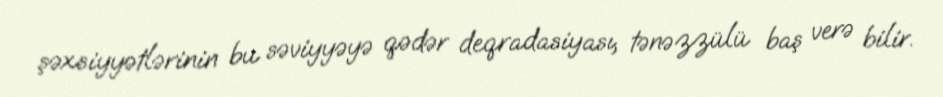
şəxsiyyətlərinin bu səviyyəyə qədər deqradasiyası, tənəzzülü baş verə bilir.